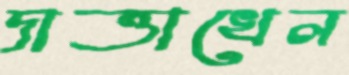
দাত্তাখেল